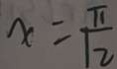
x = \frac { \pi } { 1 2 }